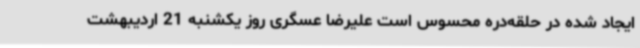
ایجاد شده در حلقه‌دره محسوس است علیرضا عسگری روز یکشنبه 21 اردیبهشت